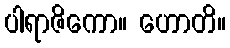
ပါရာဇိကော။ ဟောတိ။